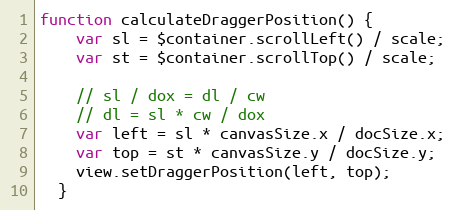
Language: JavaScript
function calculateDraggerPosition() {
    var sl = $container.scrollLeft() / scale;
    var st = $container.scrollTop() / scale;

    // sl / dox = dl / cw
    // dl = sl * cw / dox
    var left = sl * canvasSize.x / docSize.x;
    var top = st * canvasSize.y / docSize.y;
    view.setDraggerPosition(left, top);
  }